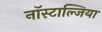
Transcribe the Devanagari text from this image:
नॉस्टाल्जिया